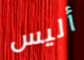
أليس